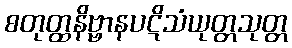
စတုတ္ထနိဗ္ဗာနပဋိသံယုတ္တသုတ္တ